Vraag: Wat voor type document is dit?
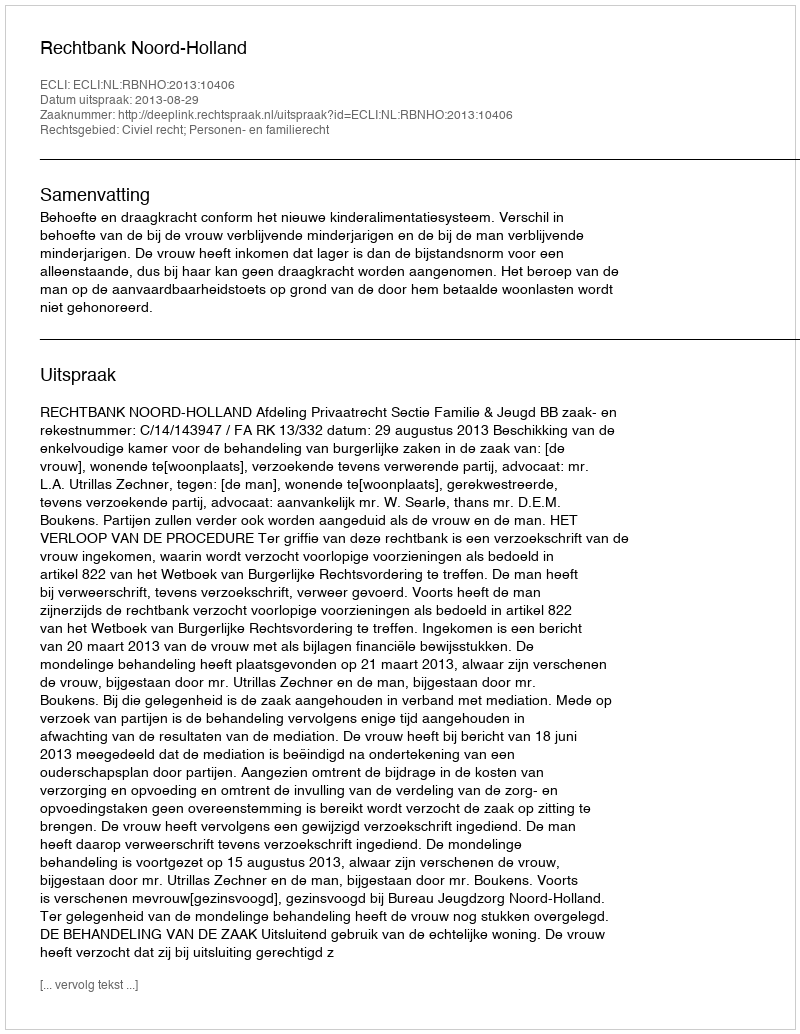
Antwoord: Uitspraak